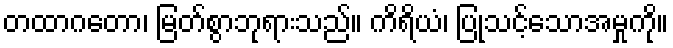
တထာဂတော၊ မြတ်စွာဘုရားသည်။ ကိရိယံ၊ ပြုသင့်သောအမှုကို။